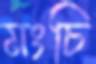
মংচি